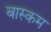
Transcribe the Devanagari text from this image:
बास्कम